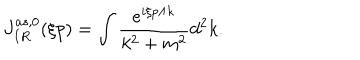
J _ { I R } ^ { a s , 0 } ( \xi p ) = \int \frac { e ^ { i \xi p \wedge k } } { k ^ { 2 } + m ^ { 2 } } d ^ { 2 } k .